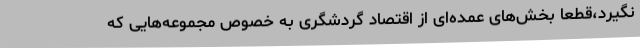
نگیرد،قطعا بخش‌های عمده‌ای از اقتصاد گردشگری به خصوص مجموعه‌هایی که